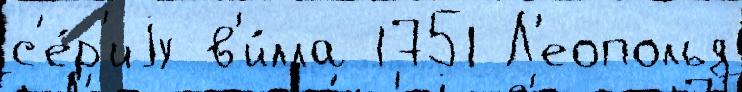
с'е́р'иjу в'и́лла 1751 Л'еопольд